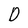
Character: D